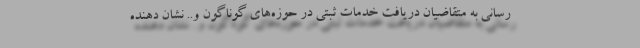
رسانی به متقاضیان دریافت خدمات ثبتی در حوزه‌های گوناگون و.. نشان دهنده